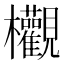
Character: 欟